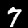
Label: 7